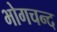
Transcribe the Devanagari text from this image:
भोगचन्द